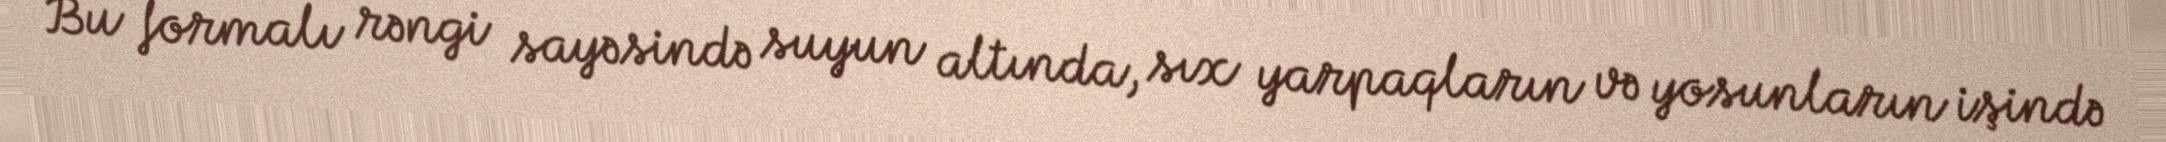
Bu formalı rəngi sayəsində suyun altında, sıx yarpaqların və yosunların işində